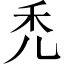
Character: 禿